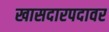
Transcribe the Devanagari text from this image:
खासदारपदावर